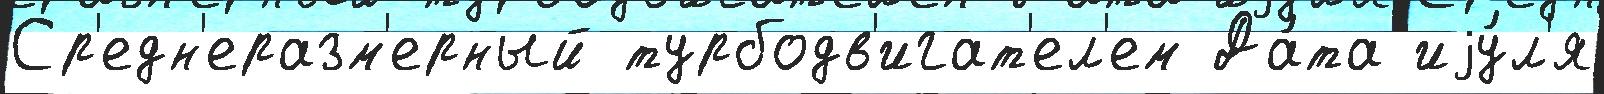
Ср'едн'еразм'ерный турбодв'игат'ел'ем Да́та иjу́л'я